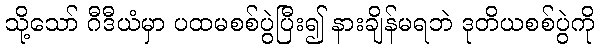
သို့သော် ဂီဒီယံမှာ ပထမစစ်ပွဲပြီး၍ နားချိန်မရဘဲ ဒုတိယစစ်ပွဲကို